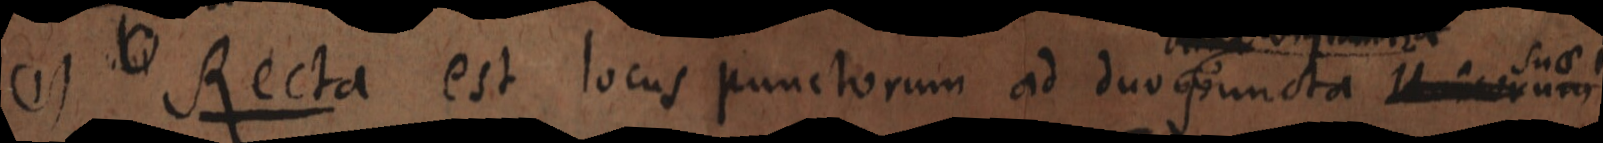
(1) Recta est locus punctorum ad duo puncta Unicorum